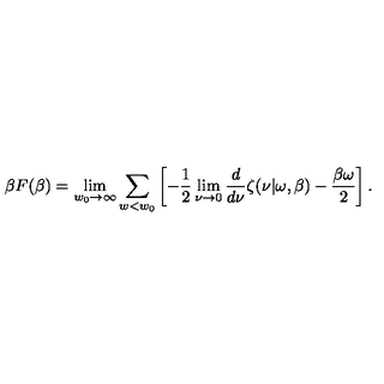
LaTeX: \beta F ( \beta ) = \lim _ { w _ { 0 } \rightarrow \infty } \sum _ { w < w _ { 0 } } \left[ - \frac 1 2 \lim _ { \nu \rightarrow 0 } { \frac { d } { d \nu } } \zeta ( \nu | \omega , \beta ) - { \frac { \beta \omega } { 2 } } \right] .